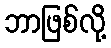
ဘာဖြစ်လို့